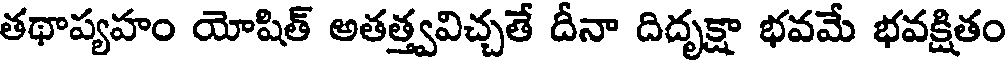
తథాప్యహం యోషిత్ అతత్త్వవిచ్చతే దీనా దిదృక్షా భవమే భవక్షితం